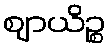
ဈာယိဉ္စ